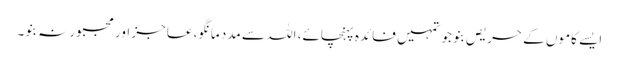
ایسے کاموں کے حریص بنو جو تمہیں فائدہ پہنچائے، اللہ سے مدد مانگو، عاجز اور مجبور نہ بنو۔